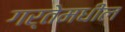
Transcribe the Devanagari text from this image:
गर्तेमधील